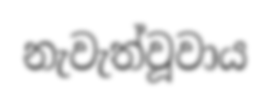
නැවැත්වූවාය